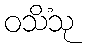
ဝသိံသု